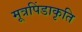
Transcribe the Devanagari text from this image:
मूत्रपिंडाकृति